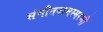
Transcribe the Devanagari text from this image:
संगीतनामस्मरणी